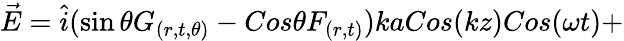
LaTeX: \vec{E}=\hat{i}(\sin\theta G_{(r,t,\theta)}-Cos\theta F_{(r,t)})kaCos(kz)Cos(\omega t)+